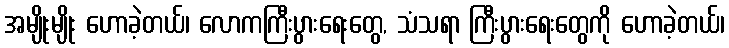
အမျိုးမျိုး ဟောခဲ့တယ်၊ လောကကြီးပွားရေးတွေ, သံသရာ ကြီးပွားရေးတွေကို ဟောခဲ့တယ်၊